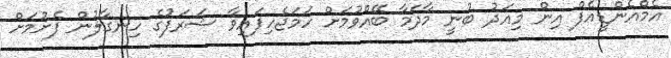
އެމްއެންޑީއެފް އިން މިއަދު ބުނީ މާދަމާ ބޭއްވުމަށް ހަމަޖެހިފައިވާ ޝަރަފުގެ ހިނގާލުން ފެށުމަށް